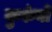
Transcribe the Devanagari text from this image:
कुरुंबों